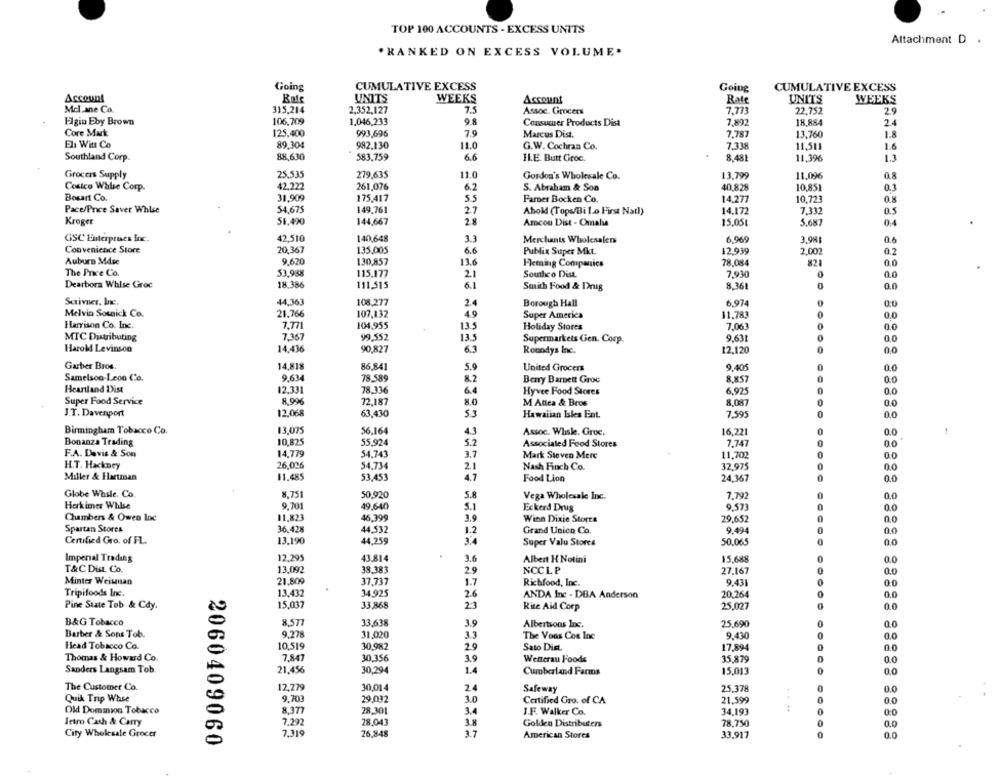
TOP 100 ACCOUNTS - EXCESS UNITS
Attachment D .
.RANKED ON EXCESS VOLUME.
CUMULATIVE EXCESS
Going
Going
CUMULATIVE EXCESS
Account
UNITS
WEEKS
Account
Rate
UNITS
WEEKS
Mcl ane Co.
315,214
2,352,127
75
Assoc. Grocers
7.773
22,752
2.9
Elgin Eby Brown
106,709
1.046,233
9.8
Consumer Products Disa
7.897
18,884
24
Core Mark
125.400
993,696
7.0
Marcus Dist.
7.787
13,760
1.8
El Witt Co
89,304
982.130
11.0
G.W. Cochran Co.
7,338
11.513
1.6
88,630
6.6
1.1
Southland Corp.
583,759
HLE Butt Groc.
8.481
11,396
Grocers Supply
25.535
279,635
11.0
Gordon's Wholesale Co.
13,799
11.096
0.8
Costco Wale Corp.
42,222
261.076
6.2
S. Abraham & Son
40,828
10.851
0.3
Bosart Co.
31.909
175,417
5.5
Farber Bocken Co.
14.277
10.723
0.8
Pace/Price Saver Whlse
54,675
149,761
27
14.172
Ahol (Tops/Bilo First Natl)
7.332
Kroger
51.490
144,667
Amcon Dist - Omalia
15.051
5.687
04
GSC Enterprises Inc.
42,510
140,648
3.3
Merchants Wholesalers
6,969
3,98₺
0.6
Convenience Store
20.367
135,005
6.6
Publix Super Mkt.
12.939
2,002
0.2
Auburn Mdic
9.670
130,857
13.6
Fleming Companies
78.084
821
0,0
The Price Co.
115,177
53,988
2.1
Southco Dist.
7,930
0
0.0
Dearborn Whise Groc
18.386
111,515
6.1
Smith Food & Drug
8.361
0
0.0
Sarivner, Inc.
44,363
108,277
2.4
Borough Hall
6.974
Melvin Sosnick Co.
21.766
107,132
49
Super America
11.783
0
0,0
Harrison Co. Inc.
7.771
104,955
13.5
Holiday Stores
7.063
0
0.0
MIC Distributing
7.367
99,552
13.5
Supermarkets Gen. Corp.
9.631
0.0
Harold Levinson
14,436
90,827
6.3
12,120
0.0
Roundys Inc.
Garber Bros.
14,818
86,841
5.9
9.405
United Grocers
0.0
Samelsoo-Leoo Co.
9.634
78.589
8.2
Berry Barnett Groe
8.857
0.0
Heartland Dist
12.331
78.336
6.4
6.925
Hyvee Food Stores
0.0
Super Food Service
8,99€
72,187
8.0
M Antea & Bros
8,087
0.0
12.068
J.T. Davenport
63,430
53
Hawaiian bles Ent.
7,595
0.0
Birmingham Tobacco Co.
13,075
56.164
4.3
Assoc. Whiske. Groc.
16,221
0.0
Bonanza Trading
10,825
55,924
5.2
Associated Food Stores
7,747
0.0
F.A. Davis & Son
14.779
54.743
3.7
Mark Steven Mere
11,702
00
H.T. Hackney
26,026
54.734
2.1
0.0
Nash Finch Co.
32,975
Miller & Hartman
11.485
53.453
4.7
Food Lion
24.367
0.0
Globe Whsle. Co.
8.751
50,920
5.8
Vega Wholesale Inc.
7.792
0
0.0
Herkimer Whise
9.701
0
49,640
5.1
Eckerd Drug
9.573
0.0
Chambers & Owen Inc
11,823
46,399
3.9
Winn Dixie Storcs
29.652
Spartan Stores
36.42x
44,532
1.2
9.494
Grand Union Co.
0.0
Certified Gro. of FL.
13,190
44,259
3.4
Super Valu Stores
50.065
0.0
Impenal Trading
12,291
43,814
3.6
Albert H Notini
15.688
0.0
T&CDia. Co.
13,092
38,383
2.9
NCCLP
27,167
0.0
Minter Weisman
21.809
37.737
1.7
Richfood, Inc.
9.431
0.0
Tripifoods Inc.
13,432
34,925
2.6
ANDA Inc - DBA Anderson
20.264
0.0
Pine State Tob & Cdy.
15,037
33.868
2:3
25,027
0.0
Rite Aid Corp
B&G Tobacco
8.5T7
33.638
3.9
Albertsons Inc.
25,690
0.0
Barber & Sons Tob.
9.275
31,020
33
The Vous Cos Inc
9.430
0.0
10,519
Head Tobacco Co.
30,982
29
Sato Dist.
17,894
0.0
Thomas & Howard Co.
7.847
30,356
3.9
Wetterau Foods
35,879
0.0
Sanders Langsam Tob
21.456
30,294
1.4
Cumberland Farms
15,013
0.0
The Customer Co.
12,279
30,014
24
Safeway
25.378
0
0.0
Quik Trip Whse
9.701
29.032
3.0
0
Certified Gro. of CA
21.599
0.0
Old Dominion Tobacco
8.377
28,301
3.4
J.F. Walker Co.
34,193
0
0:0
letro Cash & Carry
7,292
28.043
18
Golden Distributers
78,750
0
0.0
City Wholesale Grocer
26,848
3.7
American Stores
33,917
0
2060409060